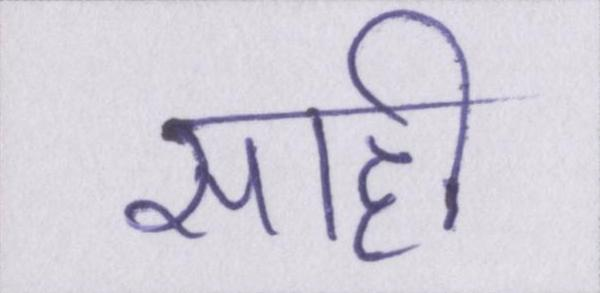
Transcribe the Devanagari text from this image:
साही